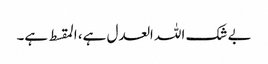
بے شک اللہ العدل ہے، المقسط ہے۔